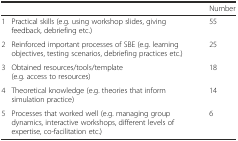
|  |  | Number |
 | --- | --- | --- |
 | 1 | Practical skills (e.g. using workshop slides, giving feedback, debriefing etc.) | 55 |
 | 2 | Reinforced important processes of SBE (e.g. learning objectives, testing scenarios, debriefing practices etc.) | 25 |
 | 3 | Obtained resources/tools/template (e.g. access to resources) | 18 |
 | 4 | Theoretical knowledge (e.g. theories that inform simulation practice) | 14 |
 | 5 | Processes that worked well (e.g. managing group dynamics, interactive workshops, different levels of expertise, co-facilitation etc.) | 6 |